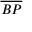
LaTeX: \overline { { B P } }